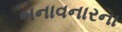
બનાવનારના